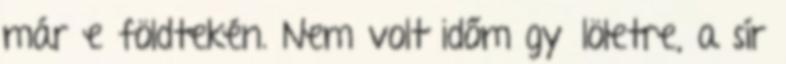
már e földtekén. Nem volt időm gyűlöletre, a sír